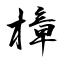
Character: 樟